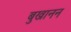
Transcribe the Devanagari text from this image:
बुखानन